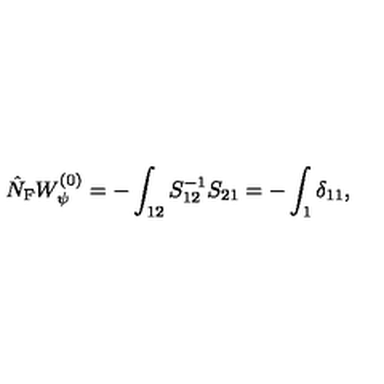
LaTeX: \hat { N } _ { \mathrm { F } } W _ { \psi } ^ { ( 0 ) } = - \int _ { 1 2 } S _ { 1 2 } ^ { - 1 } S _ { 2 1 } = - \int _ { 1 } \delta _ { 1 1 } ,